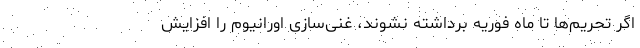
اگر تحریم‌ها تا ماه فوریه برداشته نشوند، غنی‌سازی اورانیوم را افزایش